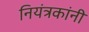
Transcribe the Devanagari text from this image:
नियंत्रकांनी